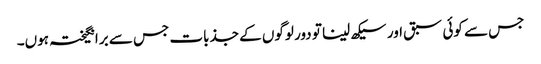
جس سے کوئی سبق اور سیکھ لینا تو دور لوگوں کے جذبات جس سے برانگیختہ ہوں۔